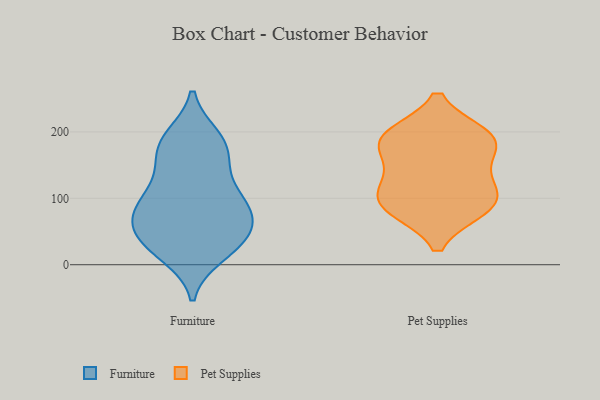
{"axis": {"x": "Operating Costs (USD K)", "y": "Value"}, "legend": ["Furniture", "Pet Supplies"], "data": [{"x": "", "y": 188, "type": "Furniture"}, {"x": "", "y": 108, "type": "Furniture"}, {"x": "", "y": 52, "type": "Furniture"}, {"x": "", "y": 41, "type": "Furniture"}, {"x": "", "y": 171, "type": "Furniture"}, {"x": "", "y": 60, "type": "Furniture"}, {"x": "", "y": 74, "type": "Furniture"}, {"x": "", "y": 29, "type": "Furniture"}, {"x": "", "y": 86, "type": "Furniture"}, {"x": "", "y": 192, "type": "Furniture"}, {"x": "", "y": 107, "type": "Furniture"}, {"x": "", "y": 155, "type": "Furniture"}, {"x": "", "y": 19, "type": "Furniture"}, {"x": "", "y": 15, "type": "Furniture"}, {"x": "", "y": 187, "type": "Furniture"}, {"x": "", "y": 84, "type": "Furniture"}, {"x": "", "y": 100, "type": "Furniture"}, {"x": "", "y": 37, "type": "Furniture"}, {"x": "", "y": 68, "type": "Furniture"}, {"x": "", "y": 148, "type": "Furniture"}, {"x": "", "y": 195, "type": "Pet Supplies"}, {"x": "", "y": 84, "type": "Pet Supplies"}, {"x": "", "y": 192, "type": "Pet Supplies"}, {"x": "", "y": 114, "type": "Pet Supplies"}, {"x": "", "y": 182, "type": "Pet Supplies"}, {"x": "", "y": 151, "type": "Pet Supplies"}, {"x": "", "y": 86, "type": "Pet Supplies"}, {"x": "", "y": 190, "type": "Pet Supplies"}, {"x": "", "y": 119, "type": "Pet Supplies"}, {"x": "", "y": 88, "type": "Pet Supplies"}]}